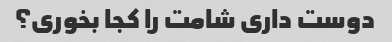
دوست داری شامت را کجا بخوری؟